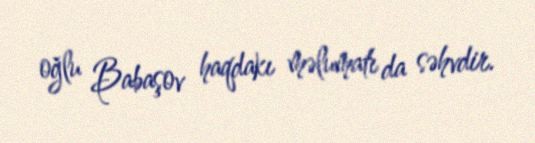
oğlu Babaşov haqdakı məlumatı da səhvdir.